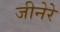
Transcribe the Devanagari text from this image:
जीनेरे